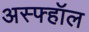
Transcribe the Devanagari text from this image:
अस्फ्हॉल